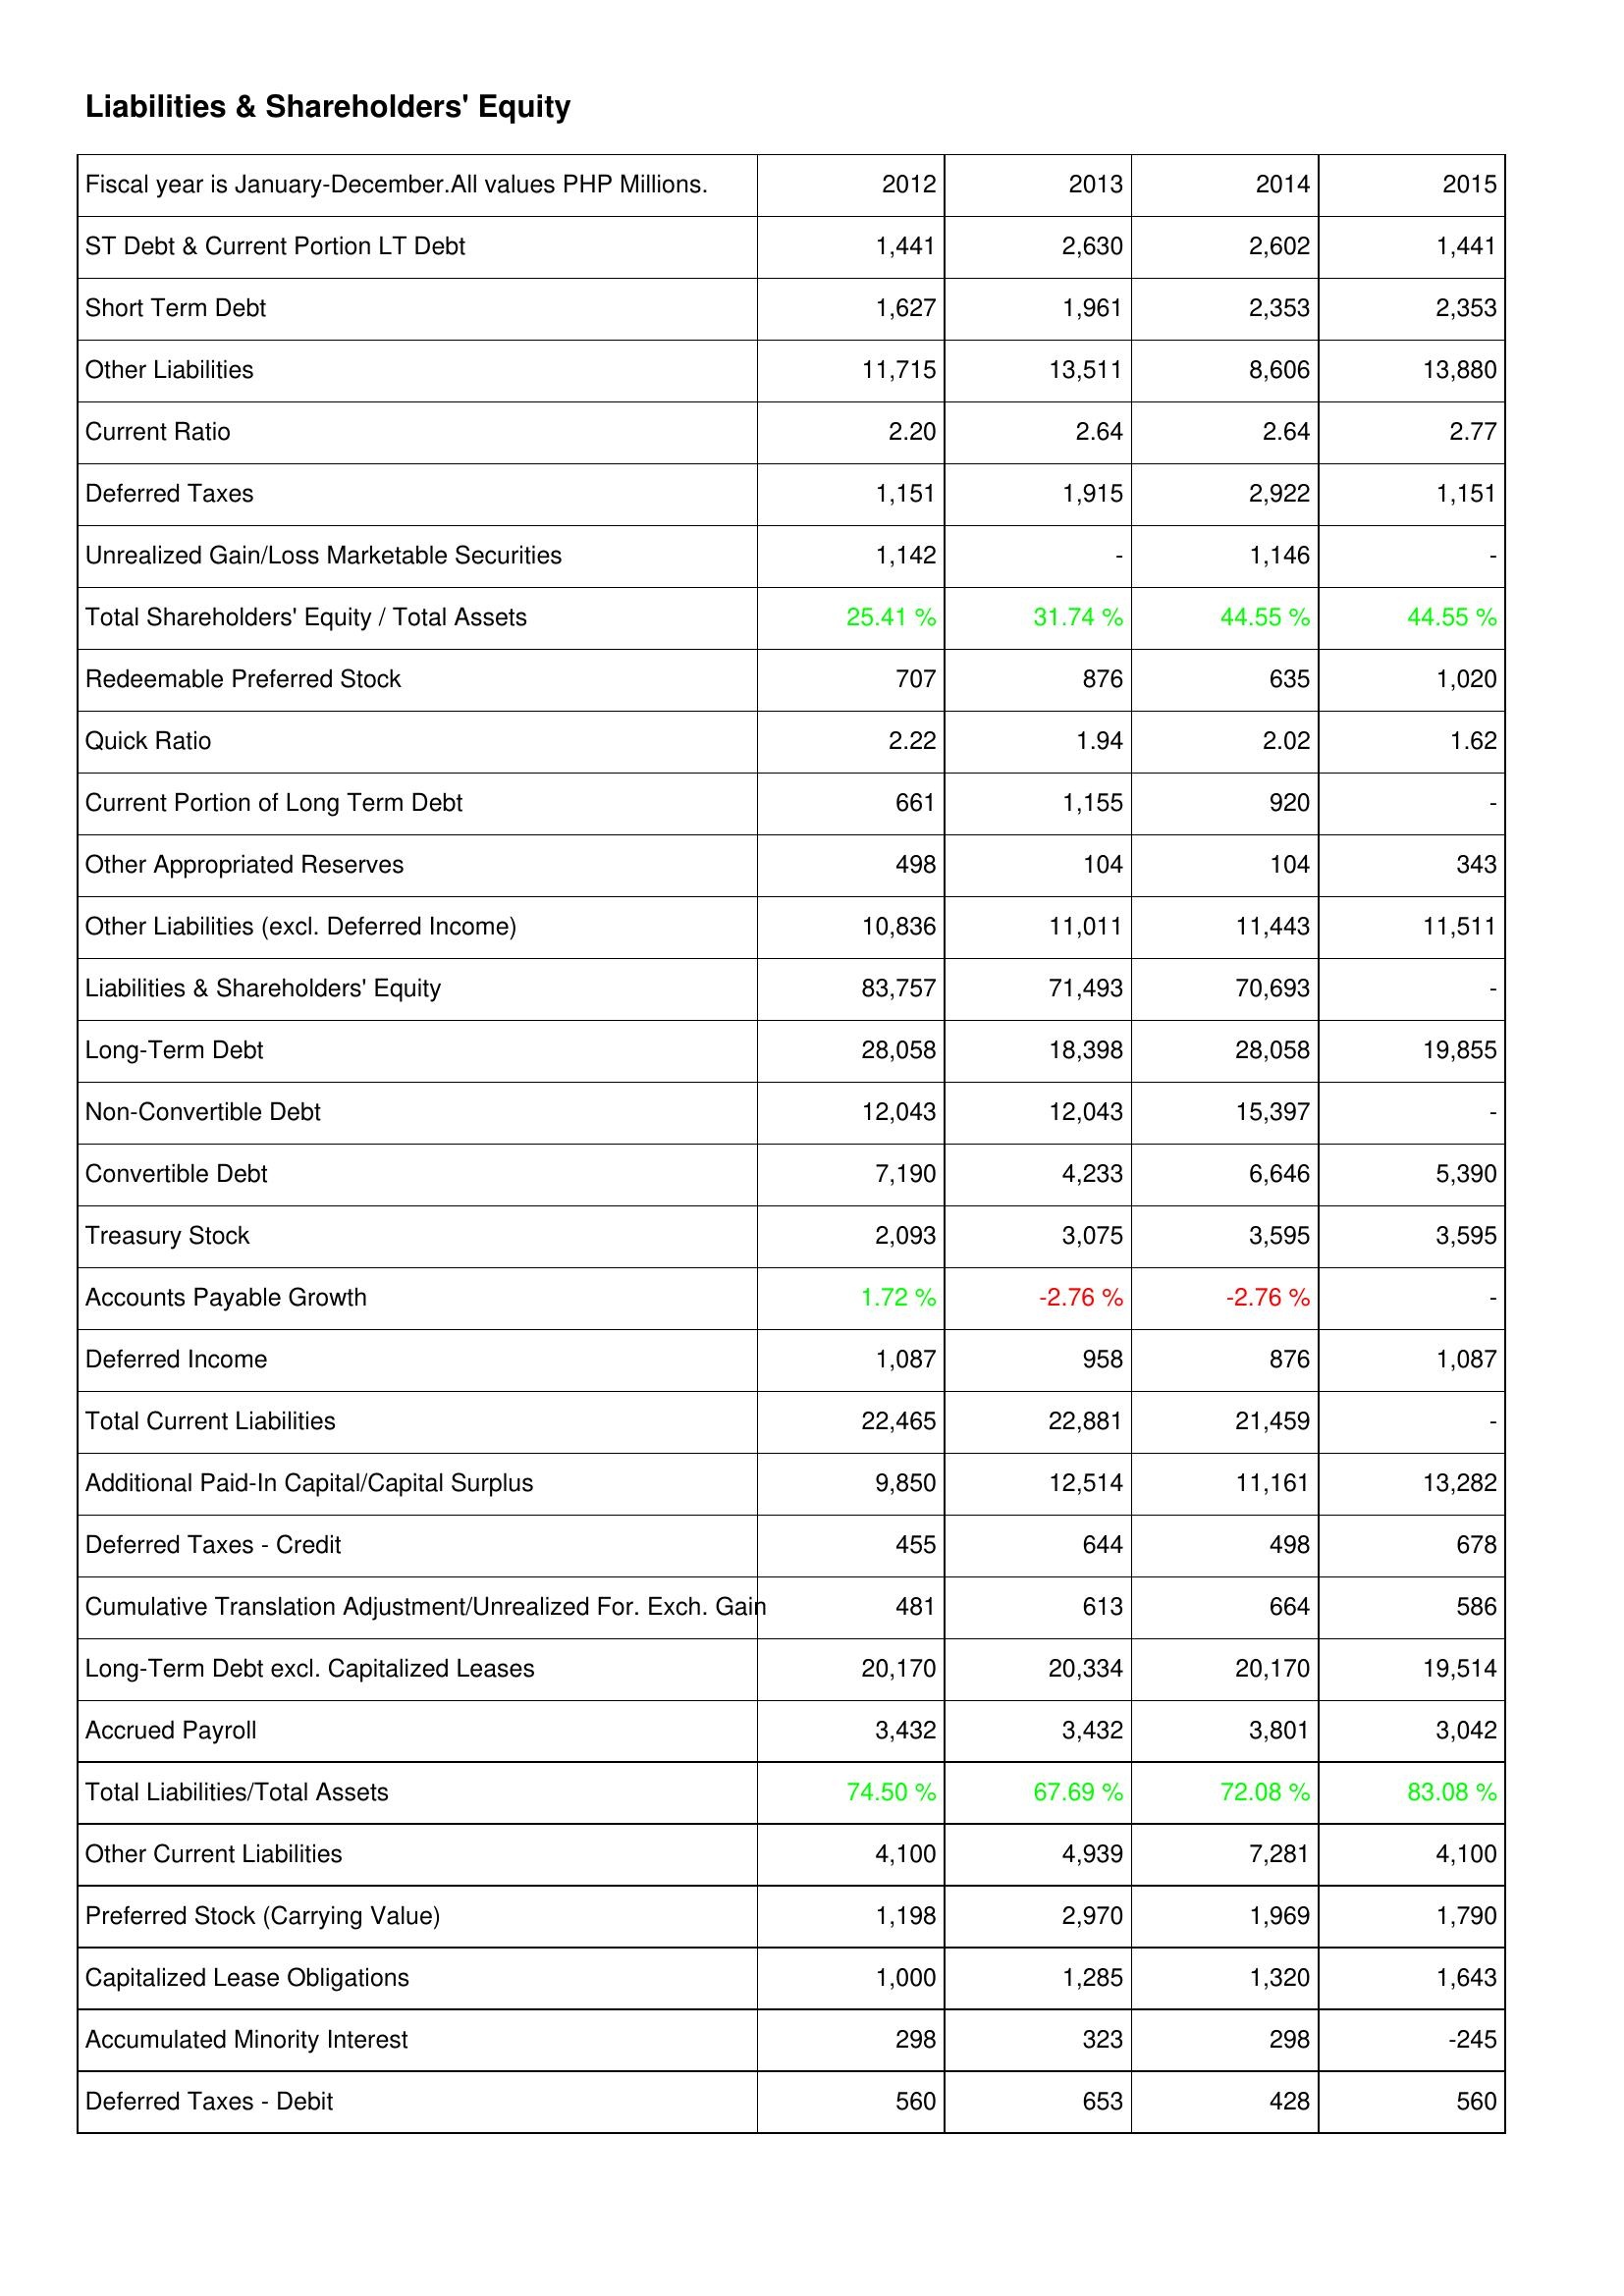
2012: Liabilities & Shareholders' Equity: ST Debt & Current Portion LT Debt: 1,441
Short Term Debt: 1,627
Other Liabilities: 11,715
Current Ratio: 2.20
Deferred Taxes: 1,151
Unrealized Gain/Loss Marketable Securities: 1,142
Total Shareholders' Equity / Total Assets: 25.41 %
Redeemable Preferred Stock: 707
Quick Ratio: 2.22
Current Portion of Long Term Debt: 661
Other Appropriated Reserves: 498
Other Liabilities (excl. Deferred Income): 10,836
Liabilities & Shareholders' Equity: 83,757
Long-Term Debt: 28,058
Non-Convertible Debt: 12,043
Convertible Debt: 7,190
Treasury Stock: 2,093
Accounts Payable Growth: 1.72 %
Deferred Income: 1,087
Total Current Liabilities: 22,465
Additional Paid-In Capital/Capital Surplus: 9,850
Deferred Taxes - Credit: 455
Cumulative Translation Adjustment/Unrealized For. Exch. Gain: 481
Long-Term Debt excl. Capitalized Leases: 20,170
Accrued Payroll: 3,432
Total Liabilities/Total Assets: 74.50 %
Other Current Liabilities: 4,100
Preferred Stock (Carrying Value): 1,198
Capitalized Lease Obligations: 1,000
Accumulated Minority Interest: 298
Deferred Taxes - Debit: 560
2013: Liabilities & Shareholders' Equity: ST Debt & Current Portion LT Debt: 2,630
Short Term Debt: 1,961
Other Liabilities: 13,511
Current Ratio: 2.64
Deferred Taxes: 1,915
Unrealized Gain/Loss Marketable Securities: -
Total Shareholders' Equity / Total Assets: 31.74 %
Redeemable Preferred Stock: 876
Quick Ratio: 1.94
Current Portion of Long Term Debt: 1,155
Other Appropriated Reserves: 104
Other Liabilities (excl. Deferred Income): 11,011
Liabilities & Shareholders' Equity: 71,493
Long-Term Debt: 18,398
Non-Convertible Debt: 12,043
Convertible Debt: 4,233
Treasury Stock: 3,075
Accounts Payable Growth: -2.76 %
Deferred Income: 958
Total Current Liabilities: 22,881
Additional Paid-In Capital/Capital Surplus: 12,514
Deferred Taxes - Credit: 644
Cumulative Translation Adjustment/Unrealized For. Exch. Gain: 613
Long-Term Debt excl. Capitalized Leases: 20,334
Accrued Payroll: 3,432
Total Liabilities/Total Assets: 67.69 %
Other Current Liabilities: 4,939
Preferred Stock (Carrying Value): 2,970
Capitalized Lease Obligations: 1,285
Accumulated Minority Interest: 323
Deferred Taxes - Debit: 653
2014: Liabilities & Shareholders' Equity: ST Debt & Current Portion LT Debt: 2,602
Short Term Debt: 2,353
Other Liabilities: 8,606
Current Ratio: 2.64
Deferred Taxes: 2,922
Unrealized Gain/Loss Marketable Securities: 1,146
Total Shareholders' Equity / Total Assets: 44.55 %
Redeemable Preferred Stock: 635
Quick Ratio: 2.02
Current Portion of Long Term Debt: 920
Other Appropriated Reserves: 104
Other Liabilities (excl. Deferred Income): 11,443
Liabilities & Shareholders' Equity: 70,693
Long-Term Debt: 28,058
Non-Convertible Debt: 15,397
Convertible Debt: 6,646
Treasury Stock: 3,595
Accounts Payable Growth: -2.76 %
Deferred Income: 876
Total Current Liabilities: 21,459
Additional Paid-In Capital/Capital Surplus: 11,161
Deferred Taxes - Credit: 498
Cumulative Translation Adjustment/Unrealized For. Exch. Gain: 664
Long-Term Debt excl. Capitalized Leases: 20,170
Accrued Payroll: 3,801
Total Liabilities/Total Assets: 72.08 %
Other Current Liabilities: 7,281
Preferred Stock (Carrying Value): 1,969
Capitalized Lease Obligations: 1,320
Accumulated Minority Interest: 298
Deferred Taxes - Debit: 428
2015: Liabilities & Shareholders' Equity: ST Debt & Current Portion LT Debt: 1,441
Short Term Debt: 2,353
Other Liabilities: 13,880
Current Ratio: 2.77
Deferred Taxes: 1,151
Unrealized Gain/Loss Marketable Securities: -
Total Shareholders' Equity / Total Assets: 44.55 %
Redeemable Preferred Stock: 1,020
Quick Ratio: 1.62
Current Portion of Long Term Debt: -
Other Appropriated Reserves: 343
Other Liabilities (excl. Deferred Income): 11,511
Liabilities & Shareholders' Equity: -
Long-Term Debt: 19,855
Non-Convertible Debt: -
Convertible Debt: 5,390
Treasury Stock: 3,595
Accounts Payable Growth: -
Deferred Income: 1,087
Total Current Liabilities: -
Additional Paid-In Capital/Capital Surplus: 13,282
Deferred Taxes - Credit: 678
Cumulative Translation Adjustment/Unrealized For. Exch. Gain: 586
Long-Term Debt excl. Capitalized Leases: 19,514
Accrued Payroll: 3,042
Total Liabilities/Total Assets: 83.08 %
Other Current Liabilities: 4,100
Preferred Stock (Carrying Value): 1,790
Capitalized Lease Obligations: 1,643
Accumulated Minority Interest: -245
Deferred Taxes - Debit: 560